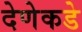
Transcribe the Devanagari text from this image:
देणेकडे